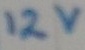
Text: 12V